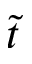
\tilde { t }